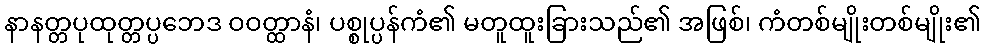
နာနတ္တပုထုတ္တပ္ပဘေဒ ဝဝတ္ထာနံ၊ ပစ္စုပ္ပန်ကံ၏ မတူထူးခြားသည်၏ အဖြစ်၊ ကံတစ်မျိုးတစ်မျိုး၏